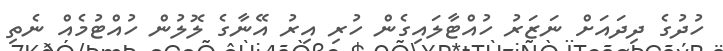
ހުދުގެ ދިދައަށް ނަޒަރު ހުއްޓާލައިގެން ހުރި އިރުުުުު އޭނާގެ ލޮލުން ހުއްޓުމެއް ނެތި